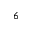
6